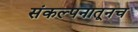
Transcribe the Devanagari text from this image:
संकल्पनातूनच